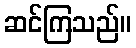
ဆင်ကြသည်။